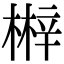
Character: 𣘲